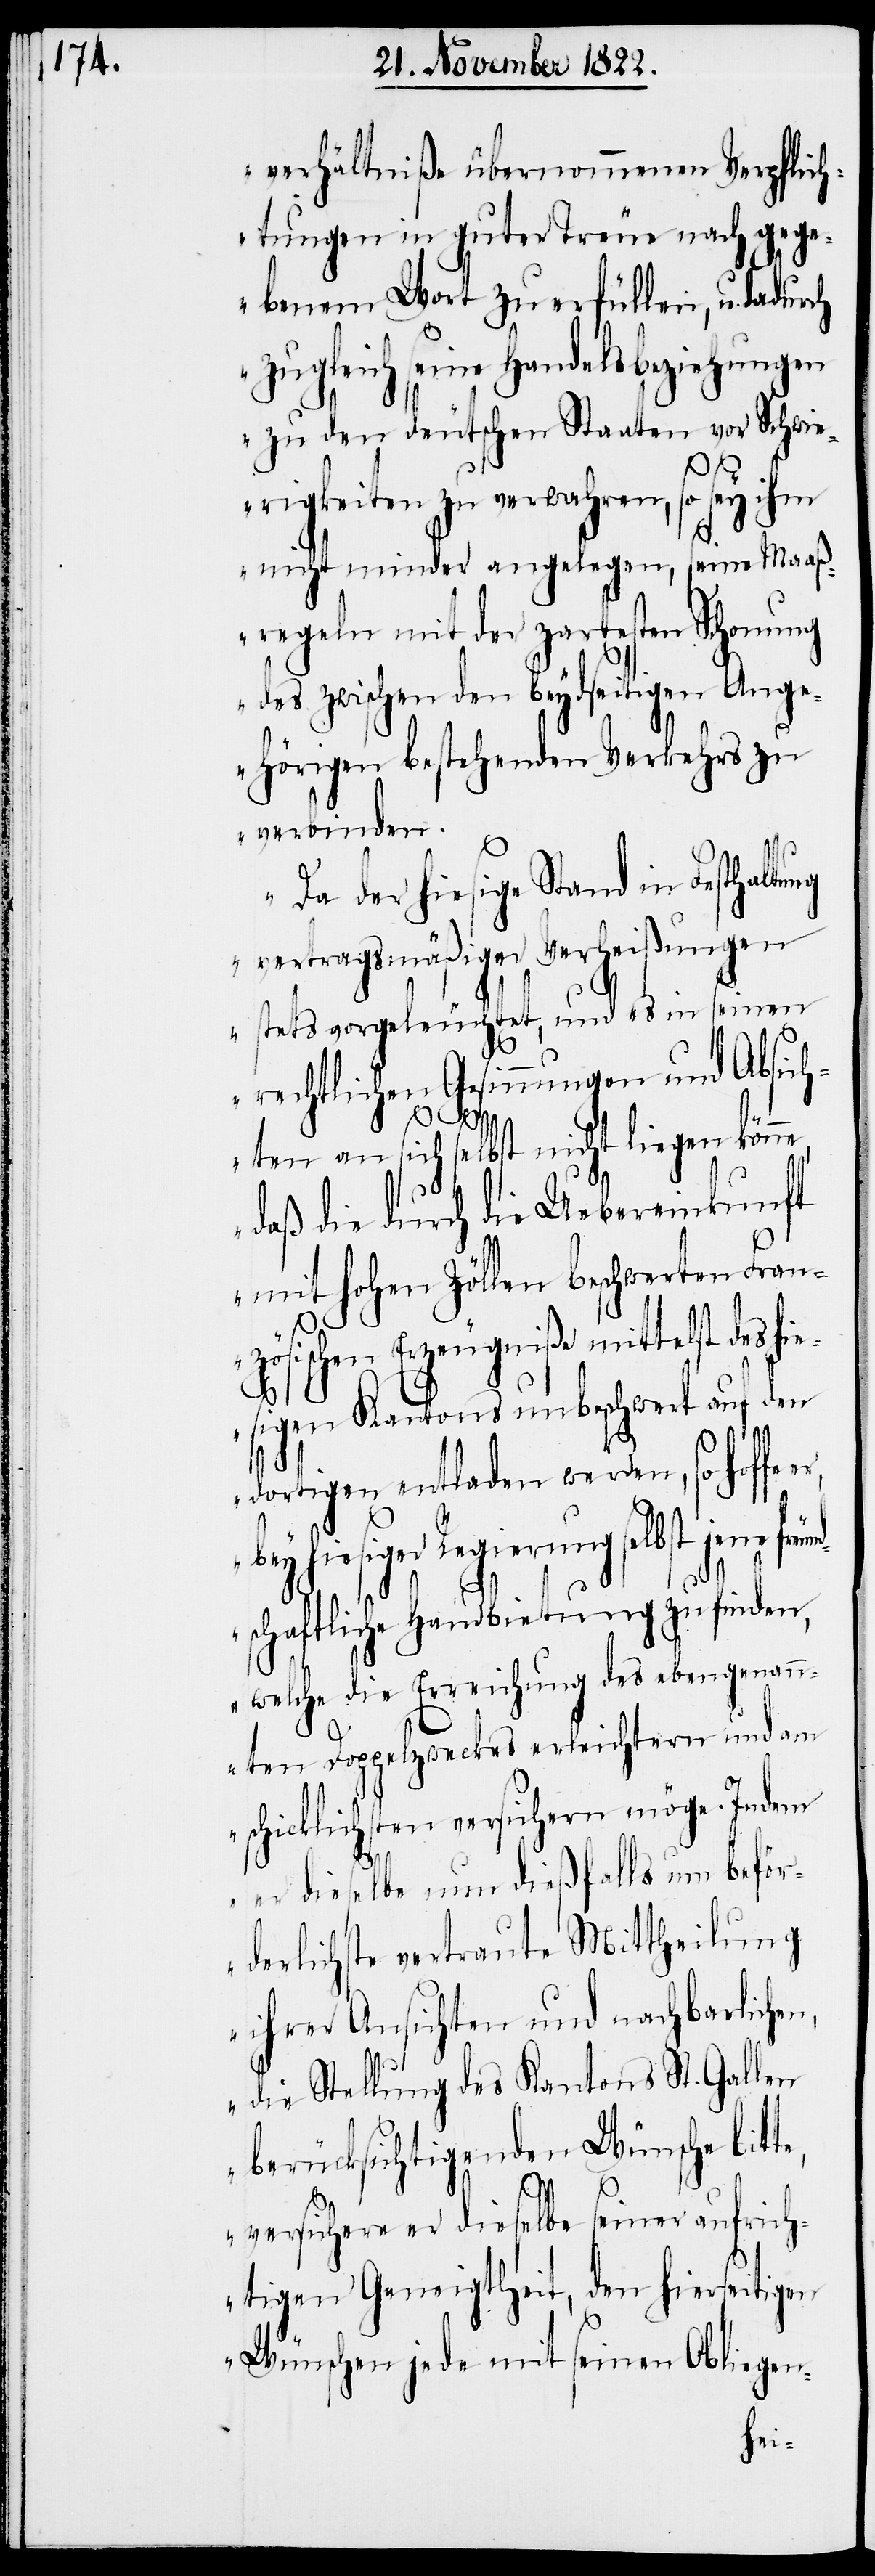
verhältniße übernommenen Verpflich¬
tungen in guter Treue nach gege¬
benem Wort zu erfüllen, u.
zugleich seine Handelsbeziehungen
zu den deutschen Staaten vor Schwie¬
rigkeiten zu verwahren, so sey ihm
nicht minder angelegen, seine Maaß¬
regeln mit der zartesten Schonung
des zwischen den beydseitigen Ange¬
hörigen bestehenden Verkehrs zu
verbinden.
Da der hiesige Stand in Festhaltung
vertragsmäßiger Verheißungen
stets vorgeleuchtet, und es in seinen
rechtlichen Gesinnungen und Absich¬
ten an sich selbst nicht liegen könn¬
daß die durch die Uebereinkunft
mit hohen Zöllen beschwerten Franz¬
ösischen Erzeugniße mittelst des
esigen Kantons unbeschwert auf den
dortigen entladen werden, so hoffe
bey hiesiger Regierung selbst jene fre¬
te,
dschaftliche Handbietung zu finden,
welche die Erreichung des ebengenann¬
ten Doppelzweckes erleichtern und am
schicklichsten versichern möge. Indem
er dieselbe nun dießfalls um beför¬
derlichste vertraute Mittheilung
ihrer Ansichten und nachbarliche¬
die Stellung des Kantons St. Gallen
berücksichtigenden Wünsche bit¬
versichere er dieselbe seiner aufrich¬
tigen Geneigtheit, den hierseitigen
Wünschen jede mit seinen Obliegen-
hi¬